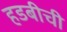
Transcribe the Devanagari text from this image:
हडबीची